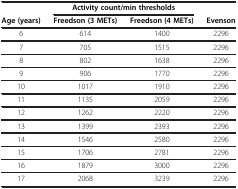
<table><thead><tr><td><b> </b></td><td colspan="2"><b>Activity count/min thresholds</b></td><td><b> </b></td></tr><tr><td><b>Age (years)</b></td><td><b>Freedson (3 METs)</b></td><td><b>Freedson (4 METs)</b></td><td><b>Evenson</b></td></tr></thead><tbody><tr><td>6</td><td>614</td><td>1400</td><td>2296</td></tr><tr><td>7</td><td>705</td><td>1515</td><td>2296</td></tr><tr><td>8</td><td>802</td><td>1638</td><td>2296</td></tr><tr><td>9</td><td>906</td><td>1770</td><td>2296</td></tr><tr><td>10</td><td>1017</td><td>1910</td><td>2296</td></tr><tr><td>11</td><td>1135</td><td>2059</td><td>2296</td></tr><tr><td>12</td><td>1262</td><td>2220</td><td>2296</td></tr><tr><td>13</td><td>1399</td><td>2393</td><td>2296</td></tr><tr><td>14</td><td>1546</td><td>2580</td><td>2296</td></tr><tr><td>15</td><td>1706</td><td>2781</td><td>2296</td></tr><tr><td>16</td><td>1879</td><td>3000</td><td>2296</td></tr><tr><td>17</td><td>2068</td><td>3239</td><td>2296</td></tr></tbody></table>